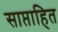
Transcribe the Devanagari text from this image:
साप्ताहित